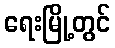
ရေးမြို့တွင်